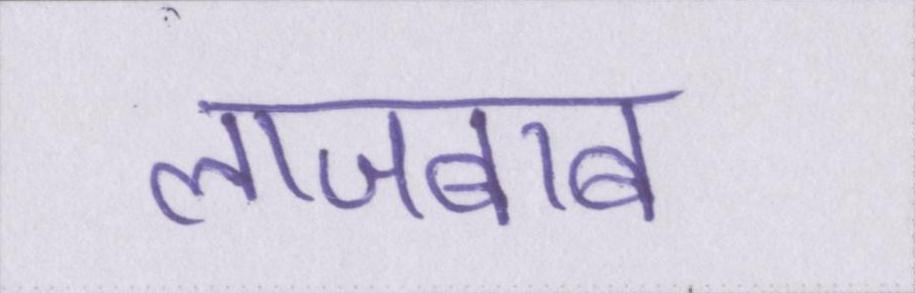
लाजबाब